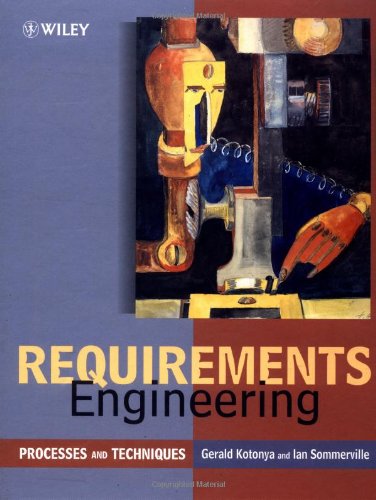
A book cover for Requirements Engineering: Processes and Techniques; Gerald Kotonya; Computers & Technology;